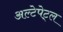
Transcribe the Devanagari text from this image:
अल्टेपेट्ल